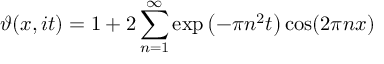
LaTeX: \vartheta ( x , i t ) = 1 + 2 \sum _ { n = 1 } ^ { \infty } \exp \left( - \pi n ^ { 2 } t \right) \cos ( 2 \pi n x )